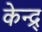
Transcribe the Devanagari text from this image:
केन्द्र्